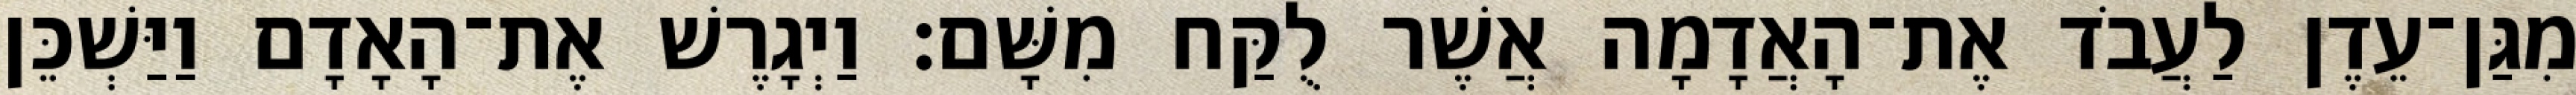
מִגַּן־עֵדֶן לַעֲבֹד אֶת־הָאֲדָמָה אֲשֶׁר לֻקַּח מִשָּׁם׃ וַיְגָרֶשׁ אֶת־הָאָדָם וַיַּשְׁכֵּן